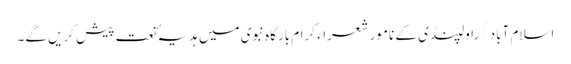
اسلام آباد /راولپنڈی کے نامور شعراء کرام بارگاہِ نبوی میں ہدیہٴ نعت پیش کریں گے۔